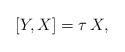
LaTeX: \begin{align*}[Y,X]=\tau \, X,\end{align*}